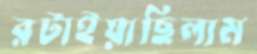
রটাইয়াছিলাম